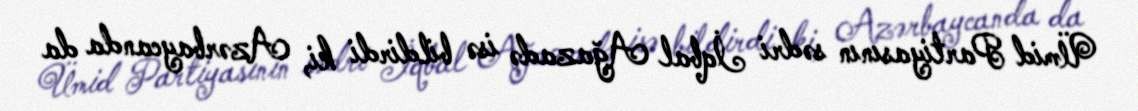
Ümid Partiyasının sədri İqbal Ağazadə isə bildirdi ki, Azərbaycanda da